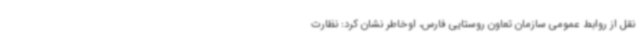
نقل از روابط عمومی سازمان تعاون روستایی فارس، اوخاطر نشان کرد: نظارت